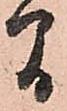
間